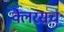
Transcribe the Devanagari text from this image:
क्लैरसच